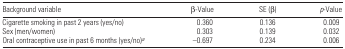
<table><thead><tr><td><b>Background variable</b></td><td><b>β-Value</b></td><td><b>SE (β)</b></td><td><b><i>p</i>-Value</b></td></tr></thead><tbody><tr><td>Cigarette smoking in past 2 years (yes/no)</td><td>0.360</td><td>0.136</td><td>0.009</td></tr><tr><td>Sex (men/women)</td><td>0.303</td><td>0.139</td><td>0.032</td></tr><tr><td>Oral contraceptive use in past 6 months (yes/no)<i><sup>a</sup></i></td><td>−0.697</td><td>0.234</td><td>0.006</td></tr></tbody></table>